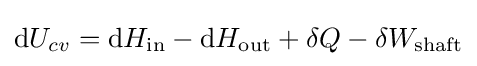
\mathrm {d} U_{cv}=\mathrm {d} H_{\text{in}}-\mathrm {d} H_{\text{out}}+\delta Q-\delta W_{\text{shaft}}